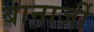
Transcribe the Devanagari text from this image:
बानार्जी